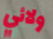
ولائي